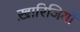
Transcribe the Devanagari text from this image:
ख़ारिजियों